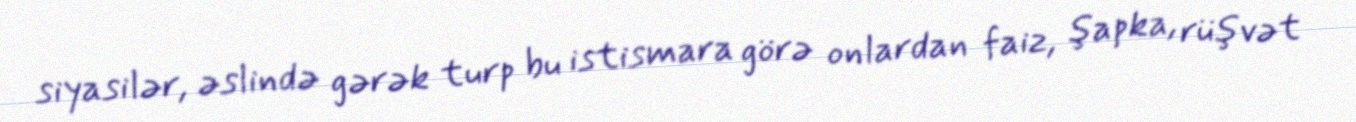
siyasilər, əslində gərək turp bu istismara görə onlardan faiz, şapka, rüşvət